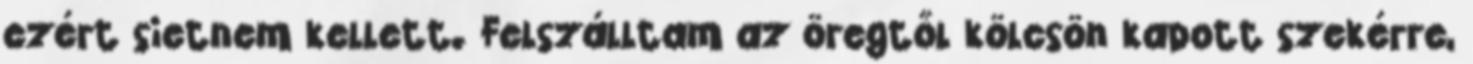
ezért sietnem kellett. Felszálltam az öregtől kölcsön kapott szekérre,